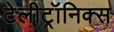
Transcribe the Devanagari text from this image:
टेलीट्रॉनिक्स